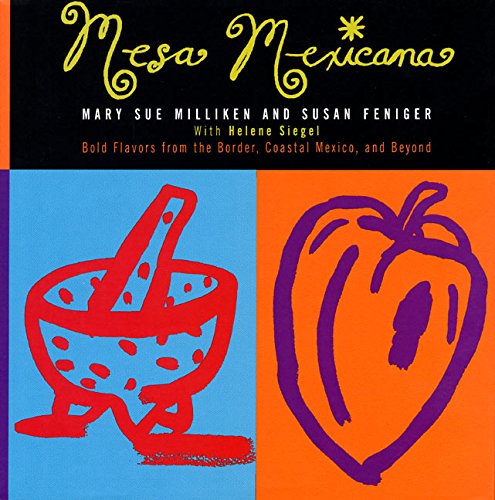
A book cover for Mesa Mexicana; Mary S. Milliken; Cookbooks, Food & Wine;